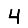
Digit: 4